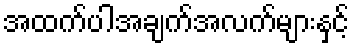
အထက်ပါအချက်အလက်များနှင့်